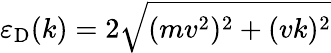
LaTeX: \varepsilon_{\mathrm{D}}(k)=2\sqrt{(mv^{2})^{2}+(vk)^{2}}